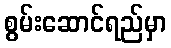
စွမ်းဆောင်ရည်မှာ